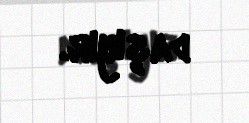
daşıyır.